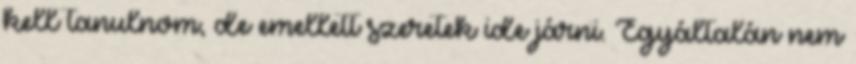
kell tanulnom, de emellett szeretek ide járni. Egyáltalán nem